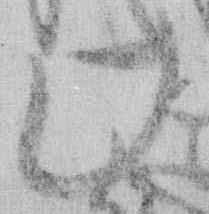
此